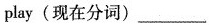
play(现在分词)___